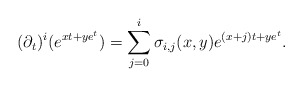
\begin{align*} (\partial_{t})^i(e^{xt+ye^t}) =\sum_{j=0}^i \sigma_{i,j}(x,y)e^{(x+j)t+ye^t}.\end{align*}